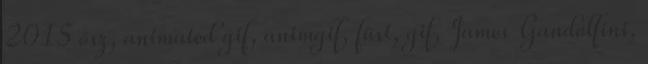
2015 ősz, animated gif, animgif, füst, gif, James Gandolfini,